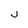
Character: j